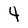
Character: 4